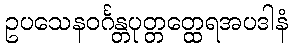
ဥပသေနဝင်္ဂန္တပုတ္တတ္ထေရအပဒါနံ